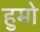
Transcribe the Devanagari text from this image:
हुमो